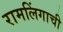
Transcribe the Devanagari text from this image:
रामलिंगाची